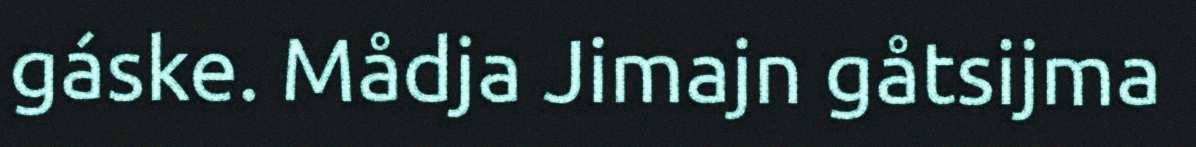
gáske. Mådja Jimajn gåtsijma